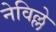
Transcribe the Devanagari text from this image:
नेविल्ले